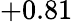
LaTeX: +0.81